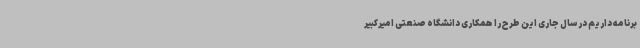
برنامه داریم در سال جاری این طرح را همکاری دانشگاه صنعتی امیرکبیر